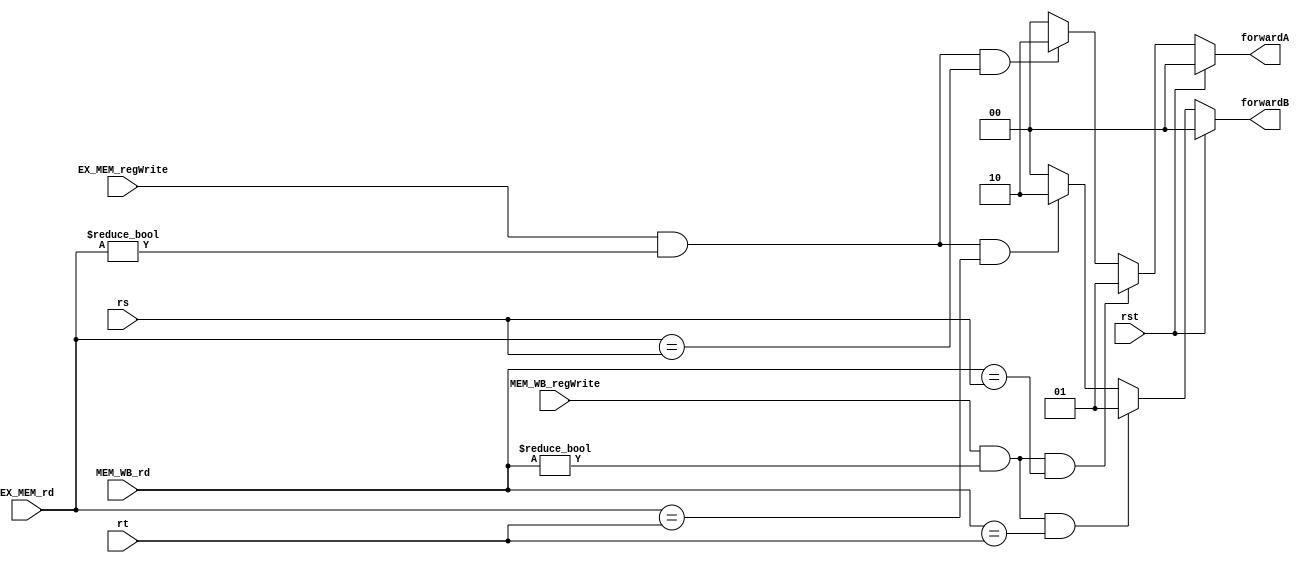
module forwardUnit(
    input [4:0] rs,
    input [4:0] rt,
    input MEM_WB_regWrite,
    input [4:0] MEM_WB_rd,
    input EX_MEM_regWrite,
    input [4:0] EX_MEM_rd,
    output reg [1:0] forwardA,
    output reg [1:0] forwardB,
	 input rst
    );
	 
	 //forwardA
	 always @(*)	begin
	 if(rst)	begin
		forwardA = 'b00;
		forwardB = 'b00;
		end
	else
		begin
	 
		if(MEM_WB_regWrite & MEM_WB_rd != 0 & MEM_WB_rd == rs)	forwardA = 'b01;
		else if(EX_MEM_regWrite & EX_MEM_rd != 0 & EX_MEM_rd == rs) forwardA = 'b10;
			else forwardA = 'b00;
		
		if(MEM_WB_regWrite & MEM_WB_rd != 0 & MEM_WB_rd == rt)	forwardB = 'b01;
		else if(EX_MEM_regWrite & EX_MEM_rd != 0 & EX_MEM_rd == rt) forwardB = 'b10;
			else forwardB = 'b00;
		end
	 end

endmodule